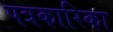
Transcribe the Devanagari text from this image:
पत्रकारिका